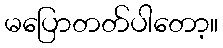
မပြောတတ်ပါတော့။